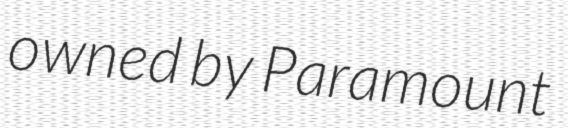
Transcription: owned by Paramount